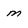
Character: m